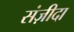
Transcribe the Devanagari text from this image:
संज़ीदा